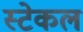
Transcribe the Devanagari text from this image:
स्टेकल